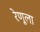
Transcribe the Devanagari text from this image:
रेणूला